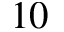
1 0